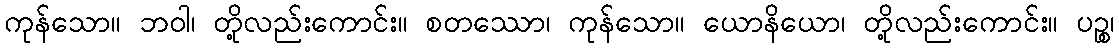
ကုန်သော။ ဘဝါ၊ တို့လည်းကောင်း။ စတဿော၊ ကုန်သော။ ယောနိယော၊ တို့လည်းကောင်း။ ပဉ္စ၊